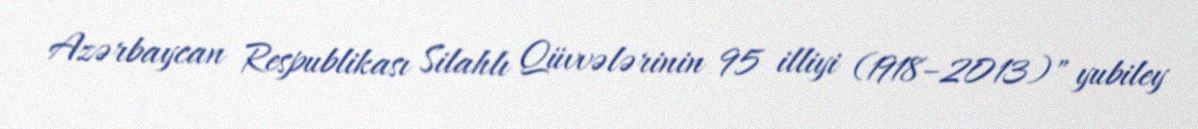
Azərbaycan Respublikası Silahlı Qüvvələrinin 95 illiyi (1918–2013)" yubiley